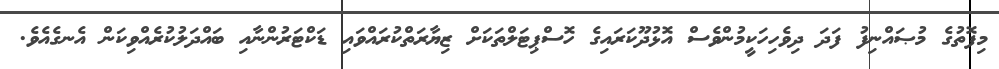
މިފޮތުގެ މުޞައްނިފު ފަދަ ދިވެހިހަކީމުންވެސް އޮޅުދޫކަރައިގެ ހޮސްޕިޓަލްތަކަށް ޒިޔާރަތްކުރައްވައި ޑަކްޓަރުންނާއި ބައްދަލުކުރެއްވިކަން އެނގެއެވެ.